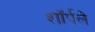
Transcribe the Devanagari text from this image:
शॉर्पले